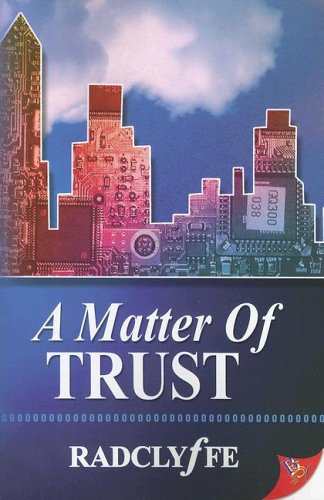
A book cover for A Matter of Trust; Radclyffe; Romance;